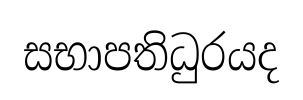
සභාපතිධුරයද